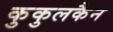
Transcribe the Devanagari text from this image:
कुकुलकैन